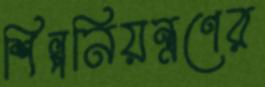
শিল্পনিয়ন্ত্রণের